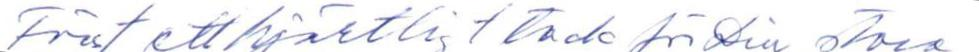
Först ett hjärtligt tack för din stora